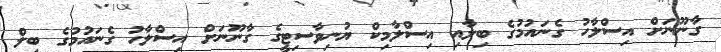
ގާނޫނަށް އިސްލާހު ގެނައުމުގެ ބިލާއި އިސްލާމިކް ޔުނިވާސިޓީގެ ގާނޫނަށް އިސްލާހު ގެނައުމުގެ ބިލް